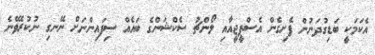
އެކަމަކީ ބަޑިގުދަނުން ފެށިގެން އެސްޕީޖީއާއި ލޯންޗު ސެކްޝަންގެ ބައެއް ސިފައިންނަށް ނޭނގި ނުކުރެވޭނެ